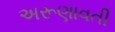
અરૂણાવતી